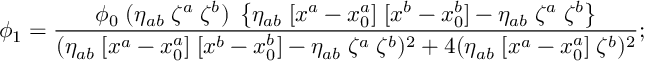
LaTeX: \phi _ { 1 } = { \frac { \phi _ { 0 } \; ( \eta _ { a b } \; \zeta ^ { a } \; \zeta ^ { b } ) \; \left\{ \eta _ { a b } \; [ x ^ { a } - x _ { 0 } ^ { a } ] \; [ x ^ { b } - x _ { 0 } ^ { b } ] - \eta _ { a b } \; \zeta ^ { a } \; \zeta ^ { b } \right\} } { ( \eta _ { a b } \; [ x ^ { a } - x _ { 0 } ^ { a } ] \; [ x ^ { b } - x _ { 0 } ^ { b } ] - \eta _ { a b } \; \zeta ^ { a } \; \zeta ^ { b } ) ^ { 2 } + 4 ( \eta _ { a b } \; [ x ^ { a } - x _ { 0 } ^ { a } ] \; \zeta ^ { b } ) ^ { 2 } } } ;